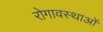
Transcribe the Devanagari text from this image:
रोगावस्थाओं